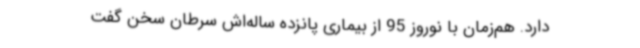
دارد. هم‌زمان با نوروز 95 از بیماری پانزده‌ ساله‌اش سرطان سخن گفت